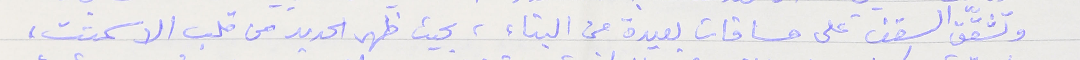
وتشقّق السقف على مسافات بعيدة من البناء، بحيث ظهر الحديد من قلب الاسمنت،